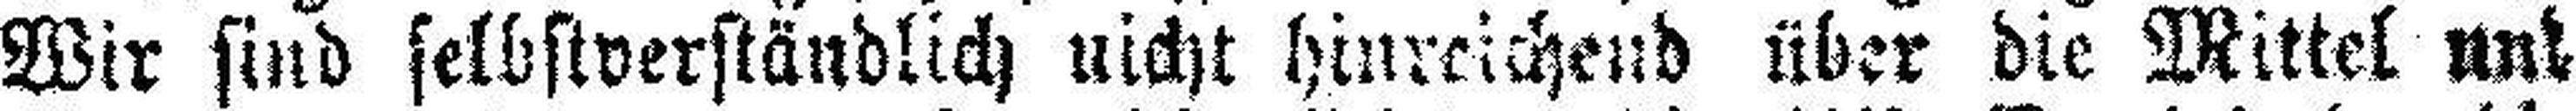
Wir sind selbstverständlich nicht hinreichend über die Mittel um